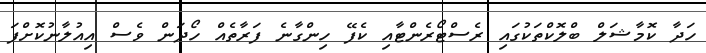
ހަދާ ކޮމާޝަލް ބްލޮކްތަކުގައި ރެސްޓޯރެންޓާއި ކެފޭ ހިންގާނެ ފަރާތެއް ހޯދަން ވެސް އިއުލާނުކޮށްފަ